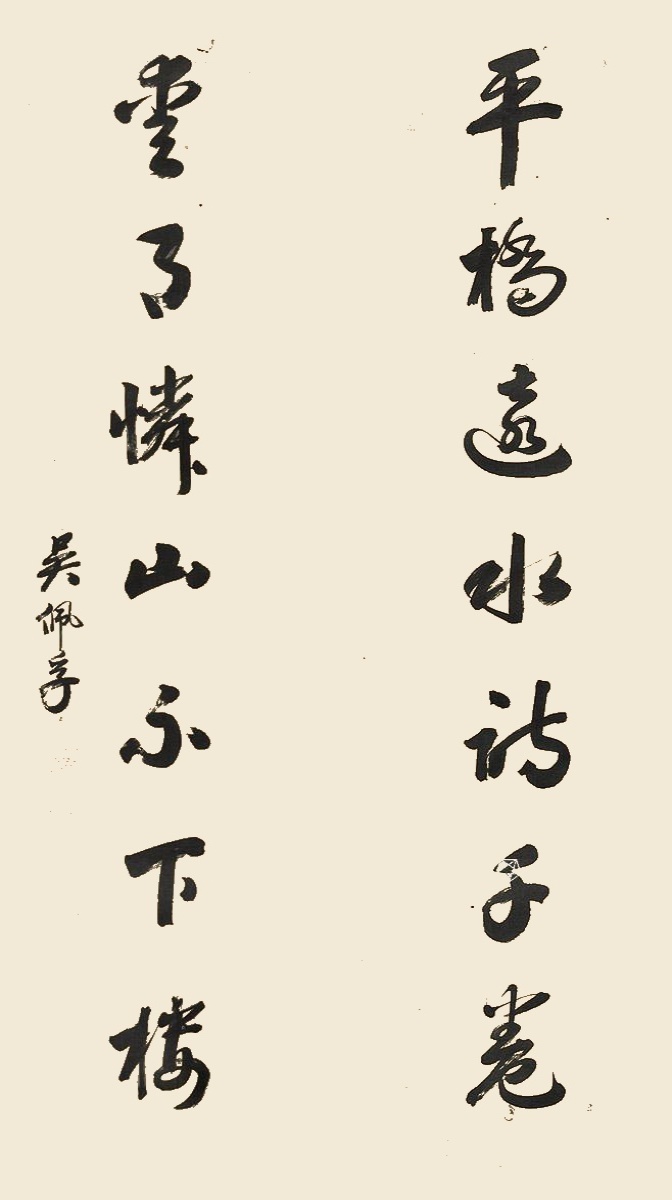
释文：平桥远水诗千卷，爱月怜山不下楼。吴佩孚。